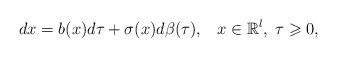
LaTeX: \begin{align*} dx =b( x)d\tau+\sigma( x)d \beta (\tau),\;\;\; x\in\mathbb{R}^l,\; \tau\geqslant0, \end{align*}